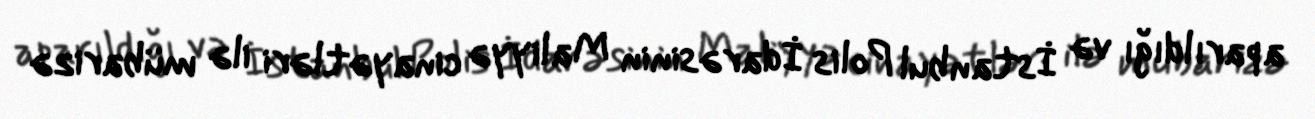
aparıldığı və İstanbul Polis İdarəsinin Maliyyə cinayətləri ilə mübarizə